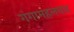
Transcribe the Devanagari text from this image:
गंगामहलघाट